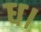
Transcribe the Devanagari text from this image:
ध।